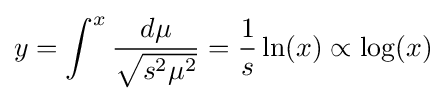
y=\int ^{x}{\frac {d\mu }{\sqrt {s^{2}\mu ^{2}}}}={\frac {1}{s}}\ln(x)\propto \log(x)